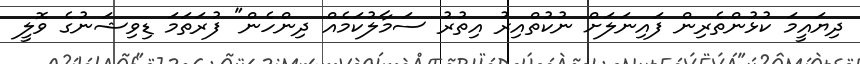
ދިޔައީމަ ކުޅުންތެރިން ފައިނަލަށް ނުކުތްއިރު އިތުރު ސަމާލުކަމެއް ދިންހެން" ފުރަތަމަ ޑިވިޝަނުގެ ވޮލީ